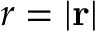
r = | \mathbf { r } |